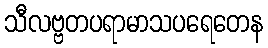
သီလဗ္ဗတပရာမာသပရေတေန